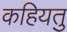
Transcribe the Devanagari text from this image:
कहियतु